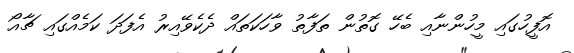
އޮފީހުގައި މީހުންނާއި ބެހޭ ގޮތުން ތަފާތު ވާހަކަތައް ދެކެވޭއިރު އެފަދަ ކަމެއްގައި ޗާއޯ